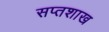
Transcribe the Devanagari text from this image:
सप्तशाख